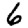
Digit: 6